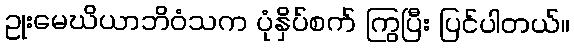
ဥုးမေဃိယာဘိဝံသက ပုံနှိပ်စက် ကြွပြီး ပြင်ပါတယ်။